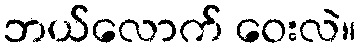
ဘယ်လောက် ဝေးလဲ။